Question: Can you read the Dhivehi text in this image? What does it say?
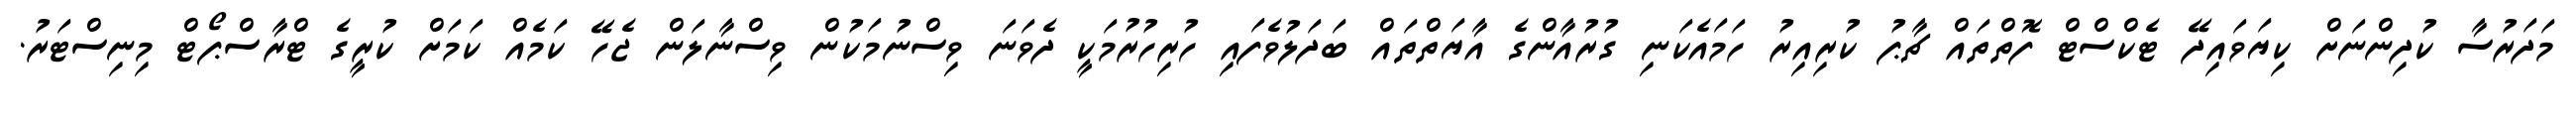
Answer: މަދަރުސާ ކުދިންނަށް ކިޔަވައިދޭ ޓެކްސްޓް ފޮތްތައް ޗާޕު ކުރިއިރު ހަމައެކަނި ގުރުއާންގެ އާޔަތްތައް ބަދަލުވެފައި ހުރިހުރުމަކީ ދެވަނަ ވިސްނުމަކުން ވިސްނާލަން ޖެހޭ ކަމެއް ކަމަށް ކުރީގެ ޓްރާސްޕޯޓް މިނިސްޓަރު.